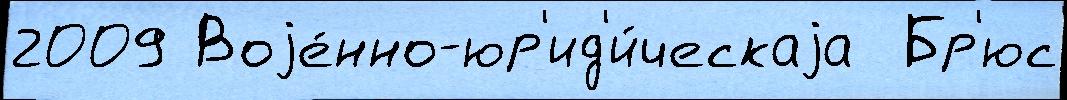
2009 Воjе́нно-юр'ид'и́ческаjа  Бр'юс